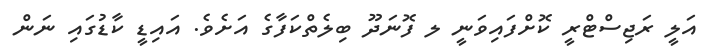
އަލީ ރަޖިސްޓްރީ ކޮށްފައިވަނީ ލ ފޮނަދޫ ބިލެތްކަފާގެ އަށެވެ. އައިޑީ ކާޑުގައި ނަން